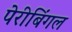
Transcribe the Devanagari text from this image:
पेरीबिंगल